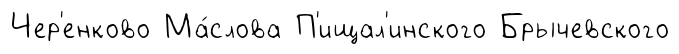
Чер'енково Ма́слова П'ищал'инского Брычевского